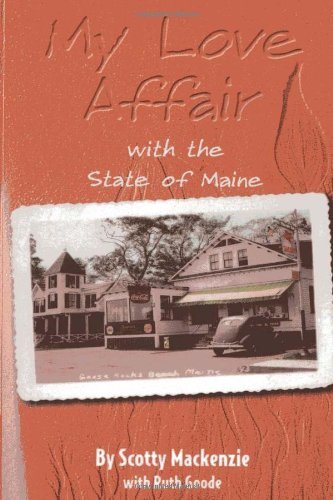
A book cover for My Love Affair With the State of Maine: By Scotty Mackenzie; Scotty Mackenzie; Travel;